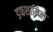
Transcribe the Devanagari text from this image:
डफशामिल